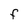
Character: F